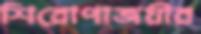
শিরোপাজয়ীর